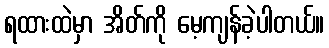
ရထားထဲမှာ အိတ်ကို မေ့ကျန်ခဲ့ပါတယ်။